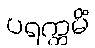
ပရက္ကမိံ